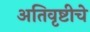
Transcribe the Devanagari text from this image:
अतिवृष्टीचे